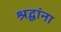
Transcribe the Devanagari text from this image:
श्रद्घांना